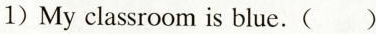
1)My classroom is blue.( )